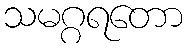
သမဂ္ဂရတော